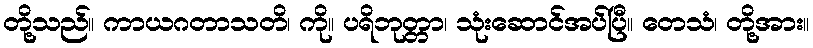
တို့သည်။ ကာယဂတာသတိ၊ ကို။ ပရိဘုတ္တာ၊ သုံးဆောင်အပ်ပြီ။ တေသံ၊ တို့အား။